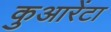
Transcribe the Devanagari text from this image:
कुआरेंटा